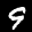
Label: 9